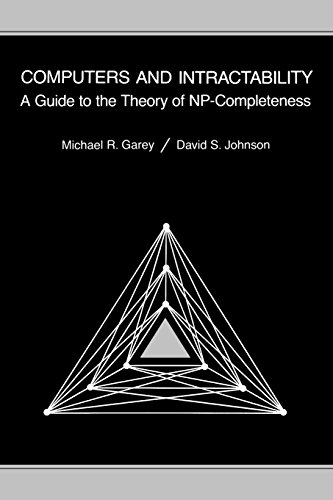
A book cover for Computers and Intractability: A Guide to the Theory of NP-Completeness (Series of Books in the Mathematical Sciences); Michael R. Garey; Computers & Technology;